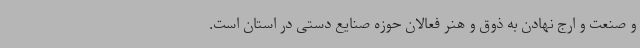
و صنعت و ارج نهادن به ذوق و هنر فعالان حوزه صنایع دستی در استان است.